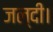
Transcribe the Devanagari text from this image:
जल्दी।